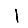
Digit: 1